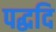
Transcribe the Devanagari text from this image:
पद्धदि